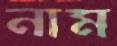
নাম